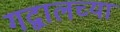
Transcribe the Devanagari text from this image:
गद्वालच्या